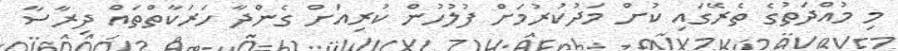
މި މުއްދަތުގެ ތެރޭގައި ކުށް މަދުކުރުމަށް ފުލުހުން ކުރިއަށް ގެންދާ ހަރަކާތްތައް ދިރާސާ